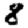
Digit: 8